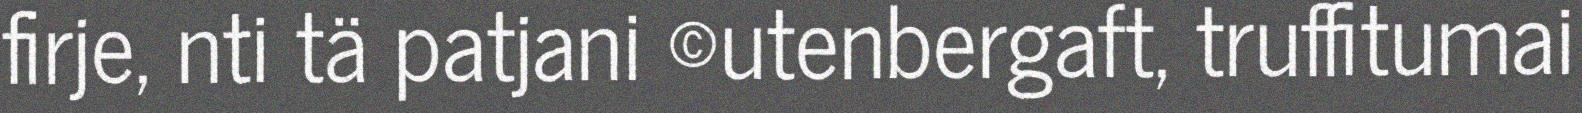
firje, nti tä patjani ©utenbergaft, truffitumai